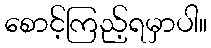
စောင့်ကြည့်ရမှာပါ။